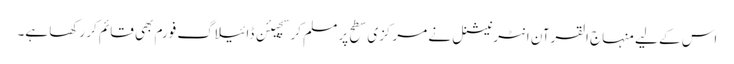
اس کے لیے منہاج القرآن انٹرنیشنل نے مرکزی سطح پر مسلم کرسچیئن ڈائیلاگ فورم بھی قائم کر رکھا ہے۔